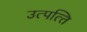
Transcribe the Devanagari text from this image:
उत्‍पत्‍ति